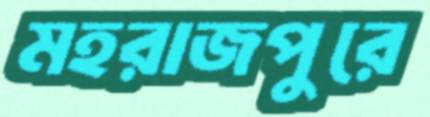
মহরাজপুরে